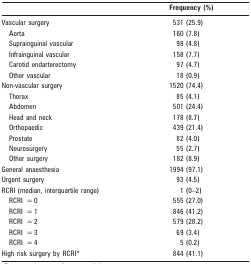
<table><thead><tr><td></td><td><b>Frequency (%)</b></td></tr></thead><tbody><tr><td>Vascular surgery</td><td>531 (25.9)</td></tr><tr><td>Aorta</td><td>160 (7.8)</td></tr><tr><td>Suprainguinal vascular</td><td>98 (4.8)</td></tr><tr><td>Infrainguinal vascular</td><td>158 (7.7)</td></tr><tr><td>Carotid endarterectomy</td><td>97 (4.7)</td></tr><tr><td>Other vascular</td><td>18 (0.9)</td></tr><tr><td>Non-vascular surgery</td><td>1520 (74.4)</td></tr><tr><td>Thorax</td><td>85 (4.1)</td></tr><tr><td>Abdomen</td><td>501 (24.4)</td></tr><tr><td>Head and neck</td><td>178 (8.7)</td></tr><tr><td>Orthopaedic</td><td>439 (21.4)</td></tr><tr><td>Prostate</td><td>82 (4.0)</td></tr><tr><td>Neurosurgery</td><td>55 (2.7)</td></tr><tr><td>Other surgery</td><td>182 (8.9)</td></tr><tr><td>General anaesthesia</td><td>1994 (97.1)</td></tr><tr><td>Urgent surgery</td><td>93 (4.5)</td></tr><tr><td>RCRI (median, interquartile range)</td><td>1 (0–2)</td></tr><tr><td>RCRI= 0</td><td>555 (27.0)</td></tr><tr><td>RCRI= 1</td><td>846 (41.2)</td></tr><tr><td>RCRI= 2</td><td>579 (28.2)</td></tr><tr><td>RCRI= 3</td><td>69 (3.4)</td></tr><tr><td>RCRI= 4</td><td>5 (0.2)</td></tr><tr><td>High risk surgery by RCRI*</td><td>844 (41.1)</td></tr></tbody></table>